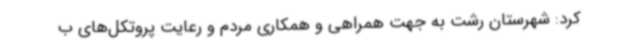
کرد: شهرستان رشت به جهت همراهی و همکاری مردم و رعایت پروتکل‌های ب